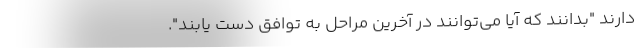
دارند "بدانند که آیا می‌توانند در آخرین مراحل به توافق دست یابند".